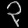
Digit: ၃